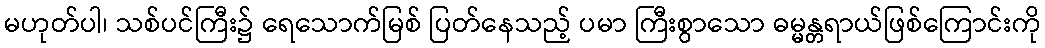
မဟုတ်ပါ၊ သစ်ပင်ကြီး၌ ရေသောက်မြစ် ပြတ်နေသည့် ပမာ ကြီးစွာသော ဓမ္မန္တရာယ်ဖြစ်ကြောင်းကို